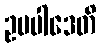
ဥပပါဒေတိ